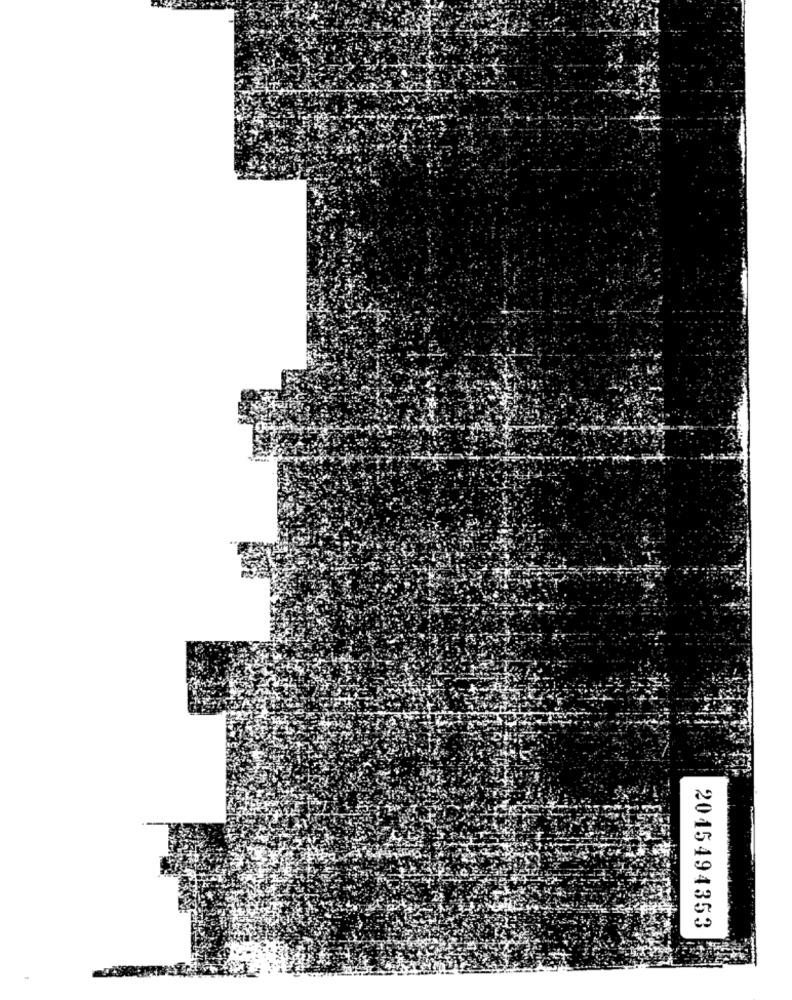
2015494353